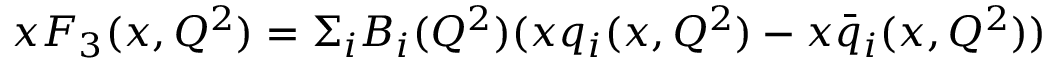
x F _ { 3 } ( x , Q ^ { 2 } ) = \Sigma _ { i } B _ { i } ( Q ^ { 2 } ) ( x q _ { i } ( x , Q ^ { 2 } ) - x \bar { q } _ { i } ( x , Q ^ { 2 } ) )